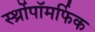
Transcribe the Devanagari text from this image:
स्थ्रोंपॉमर्फिक